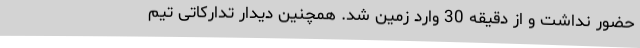
حضور نداشت و از دقیقه 30 وارد زمین شد. همچنین دیدار تدارکاتی تیم